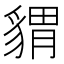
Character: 𧳪